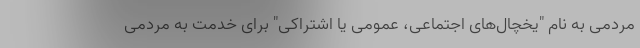
مردمی به نام "یخچال‌های اجتماعی، عمومی یا اشتراکی" برای خدمت به مردمی